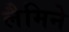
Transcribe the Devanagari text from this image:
लैमिने